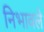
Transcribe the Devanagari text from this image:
निभावले